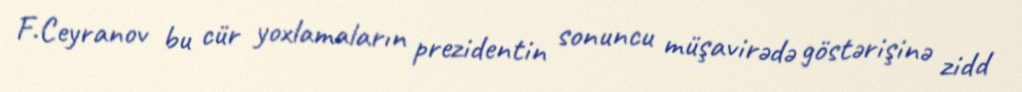
F.Ceyranov bu cür yoxlamaların prezidentin sonuncu müşavirədə göstərişinə zidd